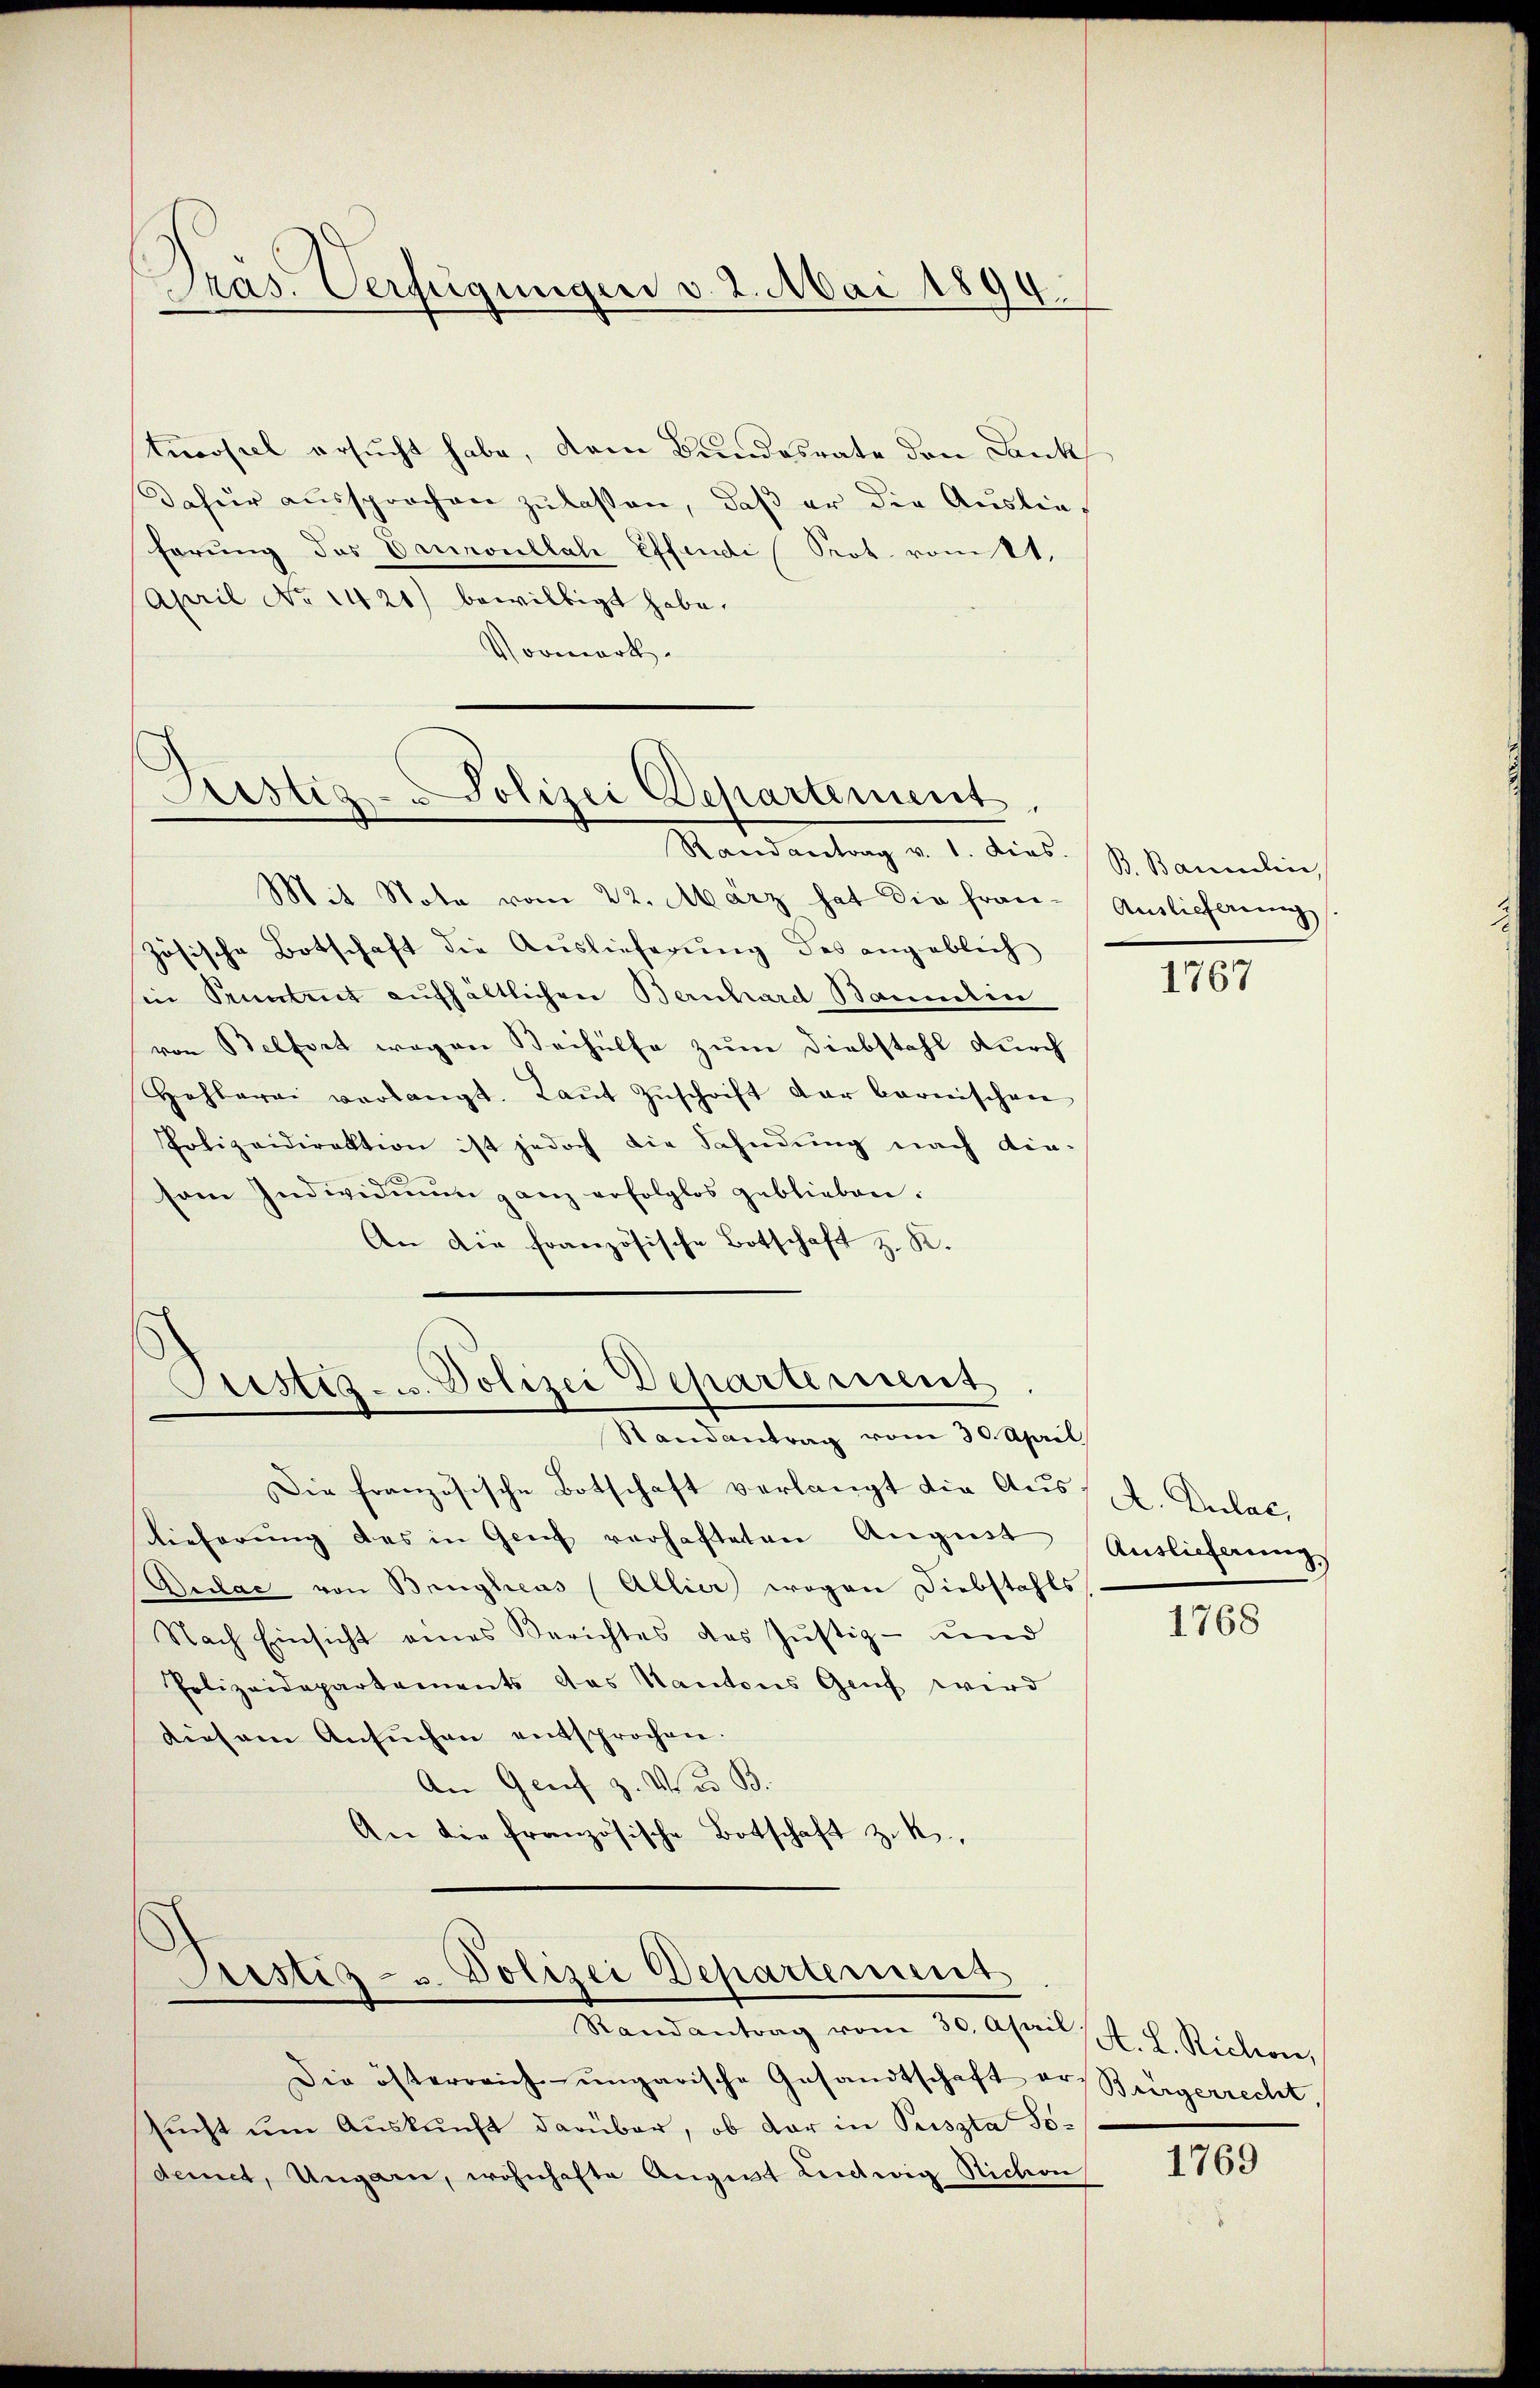
Pras. Verfügungen v. 2. Mai 1894.

tnoosiel ersucht habe, dem Bundesrate den Dank
Dafür aŭssprochen zŭ lassen, daβ er die Ausliehörung des Drunoullah Effendi, Prot. vomt,
April No 1421) bewilligt habe.
Vormerk

Sistia- Polizei Departement.

Randantrag v. 1. dies.
Mit Note vom 22. März hat die fran-
zösische Botschaft die Auslieferŭng des angeblich
sie Pruntrut aufhältlichen Bernhard Baumelin
von Belfort wegen Beihülfe zum Diebstahl durch
Hehlerei verlangt. Laŭt Zŭschrift der bernischen
Polizeidirektion ist jedoch die Fahndung nach die-
som Individuum ganz erfolglos geblieben.
An die französische Botschaft z. K.

Justiz- u. Polizei Departement
Randantrag vom 30. April

Die französische Botschaft verlangt die Auslieferung des in Genf verhafteten August
Bulac von Brugheus (Allier wegen Diebstahls
Nach Einsicht eines Berichtes des Jŭstiz- und
Polizeidepartements das Kantons Genf wird
diesem Ansŭchen entsprochen.
An Genf z. Vier B.
An die französische Botschaft zuk

Justiz- u. Polizei Departement
Randantrag vom 30. April (A. L. Richon,

Die österreich-ungarische Gesandtschaft er Bürgerrecht,
sucht um Auskunft darüber, ob der in Priszta Sodemet, Ungarn, wohnhafte Augent Leidwig Stichon

B. Baumelin,
Auslieferung

1767

A. Dulac,
Auslieferung,

1768

1769